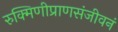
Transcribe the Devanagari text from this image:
रुक्मिणीप्राणसंजीवनं